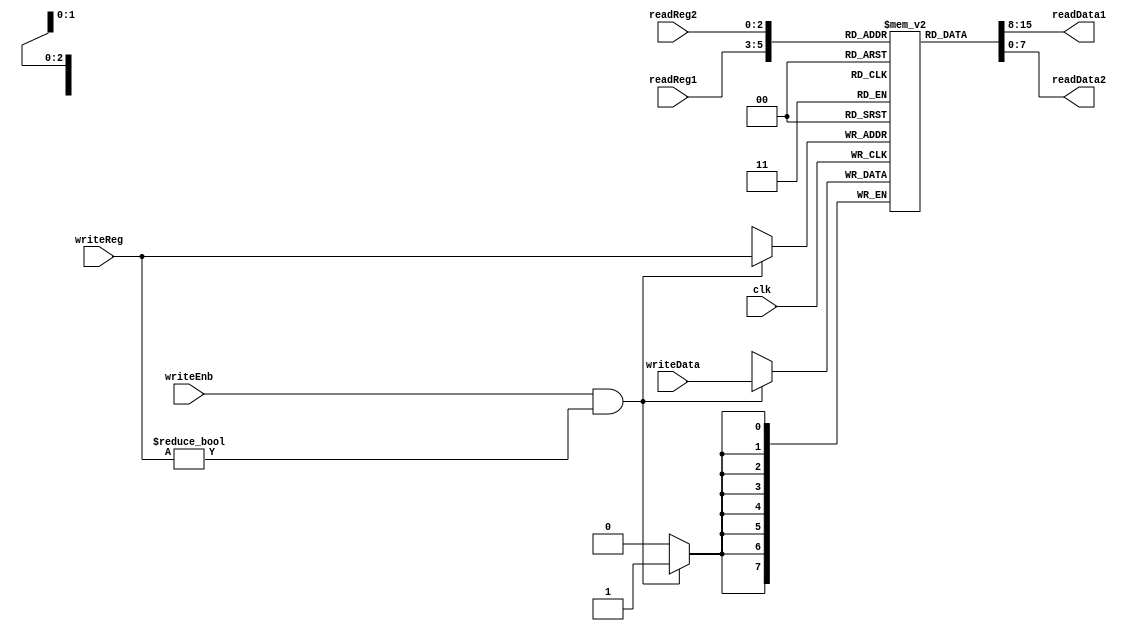
module RegisterFile(input writeEnb,clk ,input [2:0] readReg1,readReg2,writeReg , input[7:0] writeData , output wire[7:0] readData1,readData2);
	reg[7:0] registers[0:7];
	initial registers[0] = 8'b0;
	initial registers[1] = 8'b0;
	initial registers[2] = 8'b0;
	initial registers[3] = 8'b0;
	initial registers[4] = 8'b0;
	initial registers[5] = 8'b0;
	initial registers[6] = 8'b0;
	initial registers[7] = 8'b0;
	always@(posedge clk)
		if(writeEnb && writeReg!=3'b000)
			registers[writeReg] = writeData;
	assign readData1 = registers[readReg1];
	assign readData2 = registers[readReg2];
endmodule